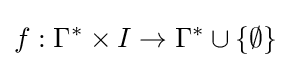
f:\Gamma ^{*}\times I\rightarrow \Gamma ^{*}\cup \{\emptyset \}